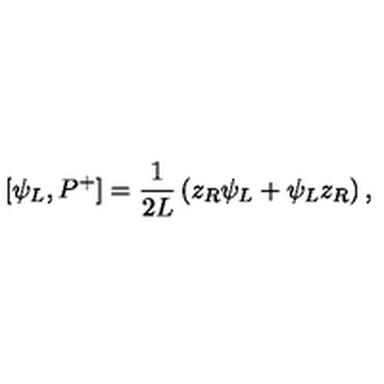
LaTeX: [ \psi _ { L } , P ^ { + } ] = { \frac { 1 } { 2 L } } \left( z _ { R } \psi _ { L } + \psi _ { L } z _ { R } \right) ,